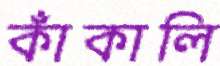
কাঁকালি